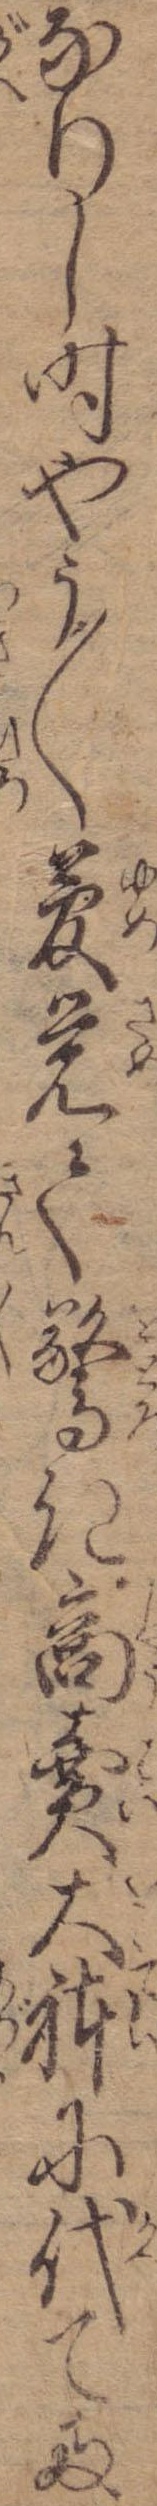
なりし時やう〱夢覚て驚き商売大体に代て両